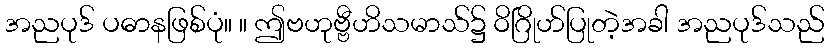
အညပုဒ် ပဓာနဖြစ်ပုံ။ ။ ဤဗဟုဗ္ဗီဟိသမာသ်၌ ဝိဂြိုဟ်ပြုတဲ့အခါ အညပုဒ်သည်